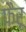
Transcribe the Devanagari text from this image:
फैरू